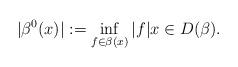
LaTeX: \begin{align*}|\beta^{0}(x)| := \inf_{f \in \beta(x)} |f| x \in D(\beta).\end{align*}